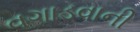
વગાડવાની